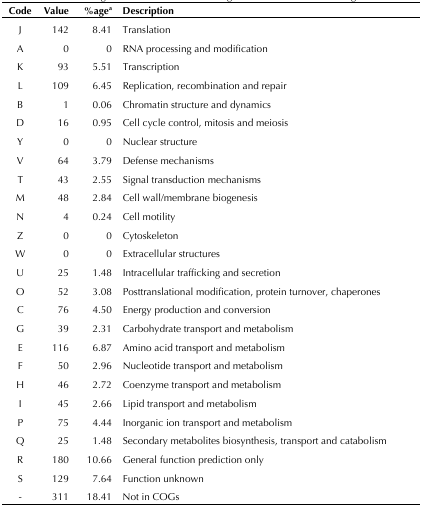
| Code | Value | % age a | Description |
 | --- | --- | --- | --- |
 | J | 142 | 8.41 | Translation |
 | A | 0 | 0 | RNA processing and modification |
 | K | 93 | 5.51 | Transcription |
 | L | 109 | 6.45 | Replication, recombination and repair |
 | B | 1 | 0.06 | Chromatin structure and dynamics |
 | D | 16 | 0.95 | Cell cycle control, mitosis and meiosis |
 | Y | 0 | 0 | Nuclear structure |
 | V | 64 | 3.79 | Defense mechanisms |
 | T | 43 | 2.55 | Signal transduction mechanisms |
 | M | 48 | 2.84 | Cell wall/membrane biogenesis |
 | N | 4 | 0.24 | Cell motility |
 | Z | 0 | 0 | Cytoskeleton |
 | W | 0 | 0 | Extracellular structures |
 | U | 25 | 1.48 | Intracellular trafficking and secretion |
 | O | 52 | 3.08 | Posttranslational modification, protein turnover, chaperones |
 | C | 76 | 4.50 | Energy production and conversion |
 | G | 39 | 2.31 | Carbohydrate transport and metabolism |
 | E | 116 | 6.87 | Amino acid transport and metabolism |
 | F | 50 | 2.96 | Nucleotide transport and metabolism |
 | H | 46 | 2.72 | Coenzyme transport and metabolism |
 | I | 45 | 2.66 | Lipid transport and metabolism |
 | P | 75 | 4.44 | Inorganic ion transport and metabolism |
 | Q | 25 | 1.48 | Secondary metabolites biosynthesis, transport and catabolism |
 | R | 180 | 10.66 | General function prediction only |
 | S | 129 | 7.64 | Function unknown |
 | - | 311 | 18.41 | Not in COGs |